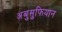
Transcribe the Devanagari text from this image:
अबुसुफियान